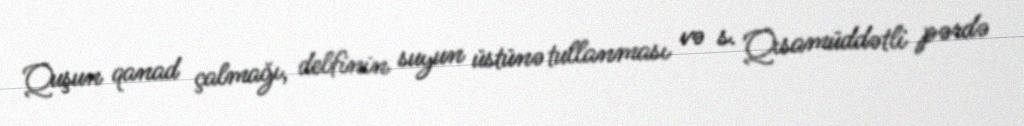
Quşun qanad çalmağı, delfinin suyun üstünə tullanması və s. Qısamüddətli pərdə